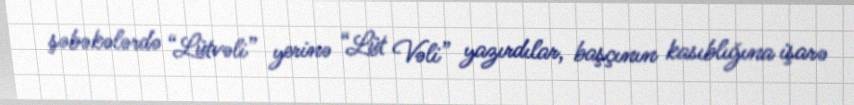
şəbəkələrdə “Lütvəli” yerinə “Lüt Vəli” yazırdılar, başçının kasıblığına işarə